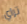
تراي